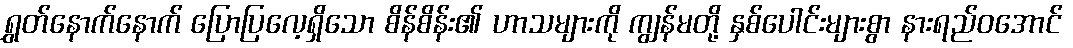
ရွှတ်နောက်နောက် ပြောပြလေ့ရှိသော စိန်စိန်း၏ ဟာသများကို ကျွန်မတို့ နှစ်ပေါင်းများစွာ နားရည်ဝအောင်